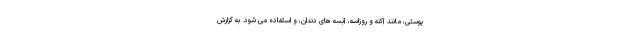
پوستی، مانند آکنه و روزاسه، آبسه های دندان، و استفاده می شود. به گزارش